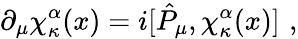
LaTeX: \partial_{\mu}\chi_{\kappa}^{\alpha}(x)=i[\hat{P}_{\mu},\chi_{\kappa}^{\alpha}(x)]\, \, ,